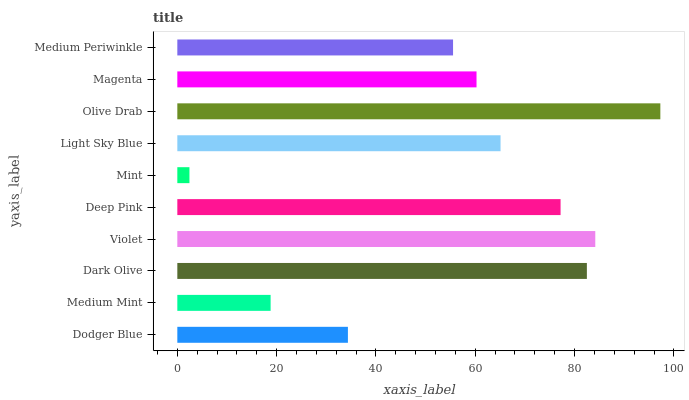
| yaxis_label | bars |
 | --- | --- |
 | Dodger Blue | 34.4 |
 | Medium Mint | 18.8 |
 | Dark Olive | 82.5 |
 | Violet | 84.2 |
 | Deep Pink | 77.2 |
 | Mint | 2.44 |
 | Light Sky Blue | 65.1 |
 | Olive Drab | 97.3 |
 | Magenta | 60.3 |
 | Medium Periwinkle | 55.5 |